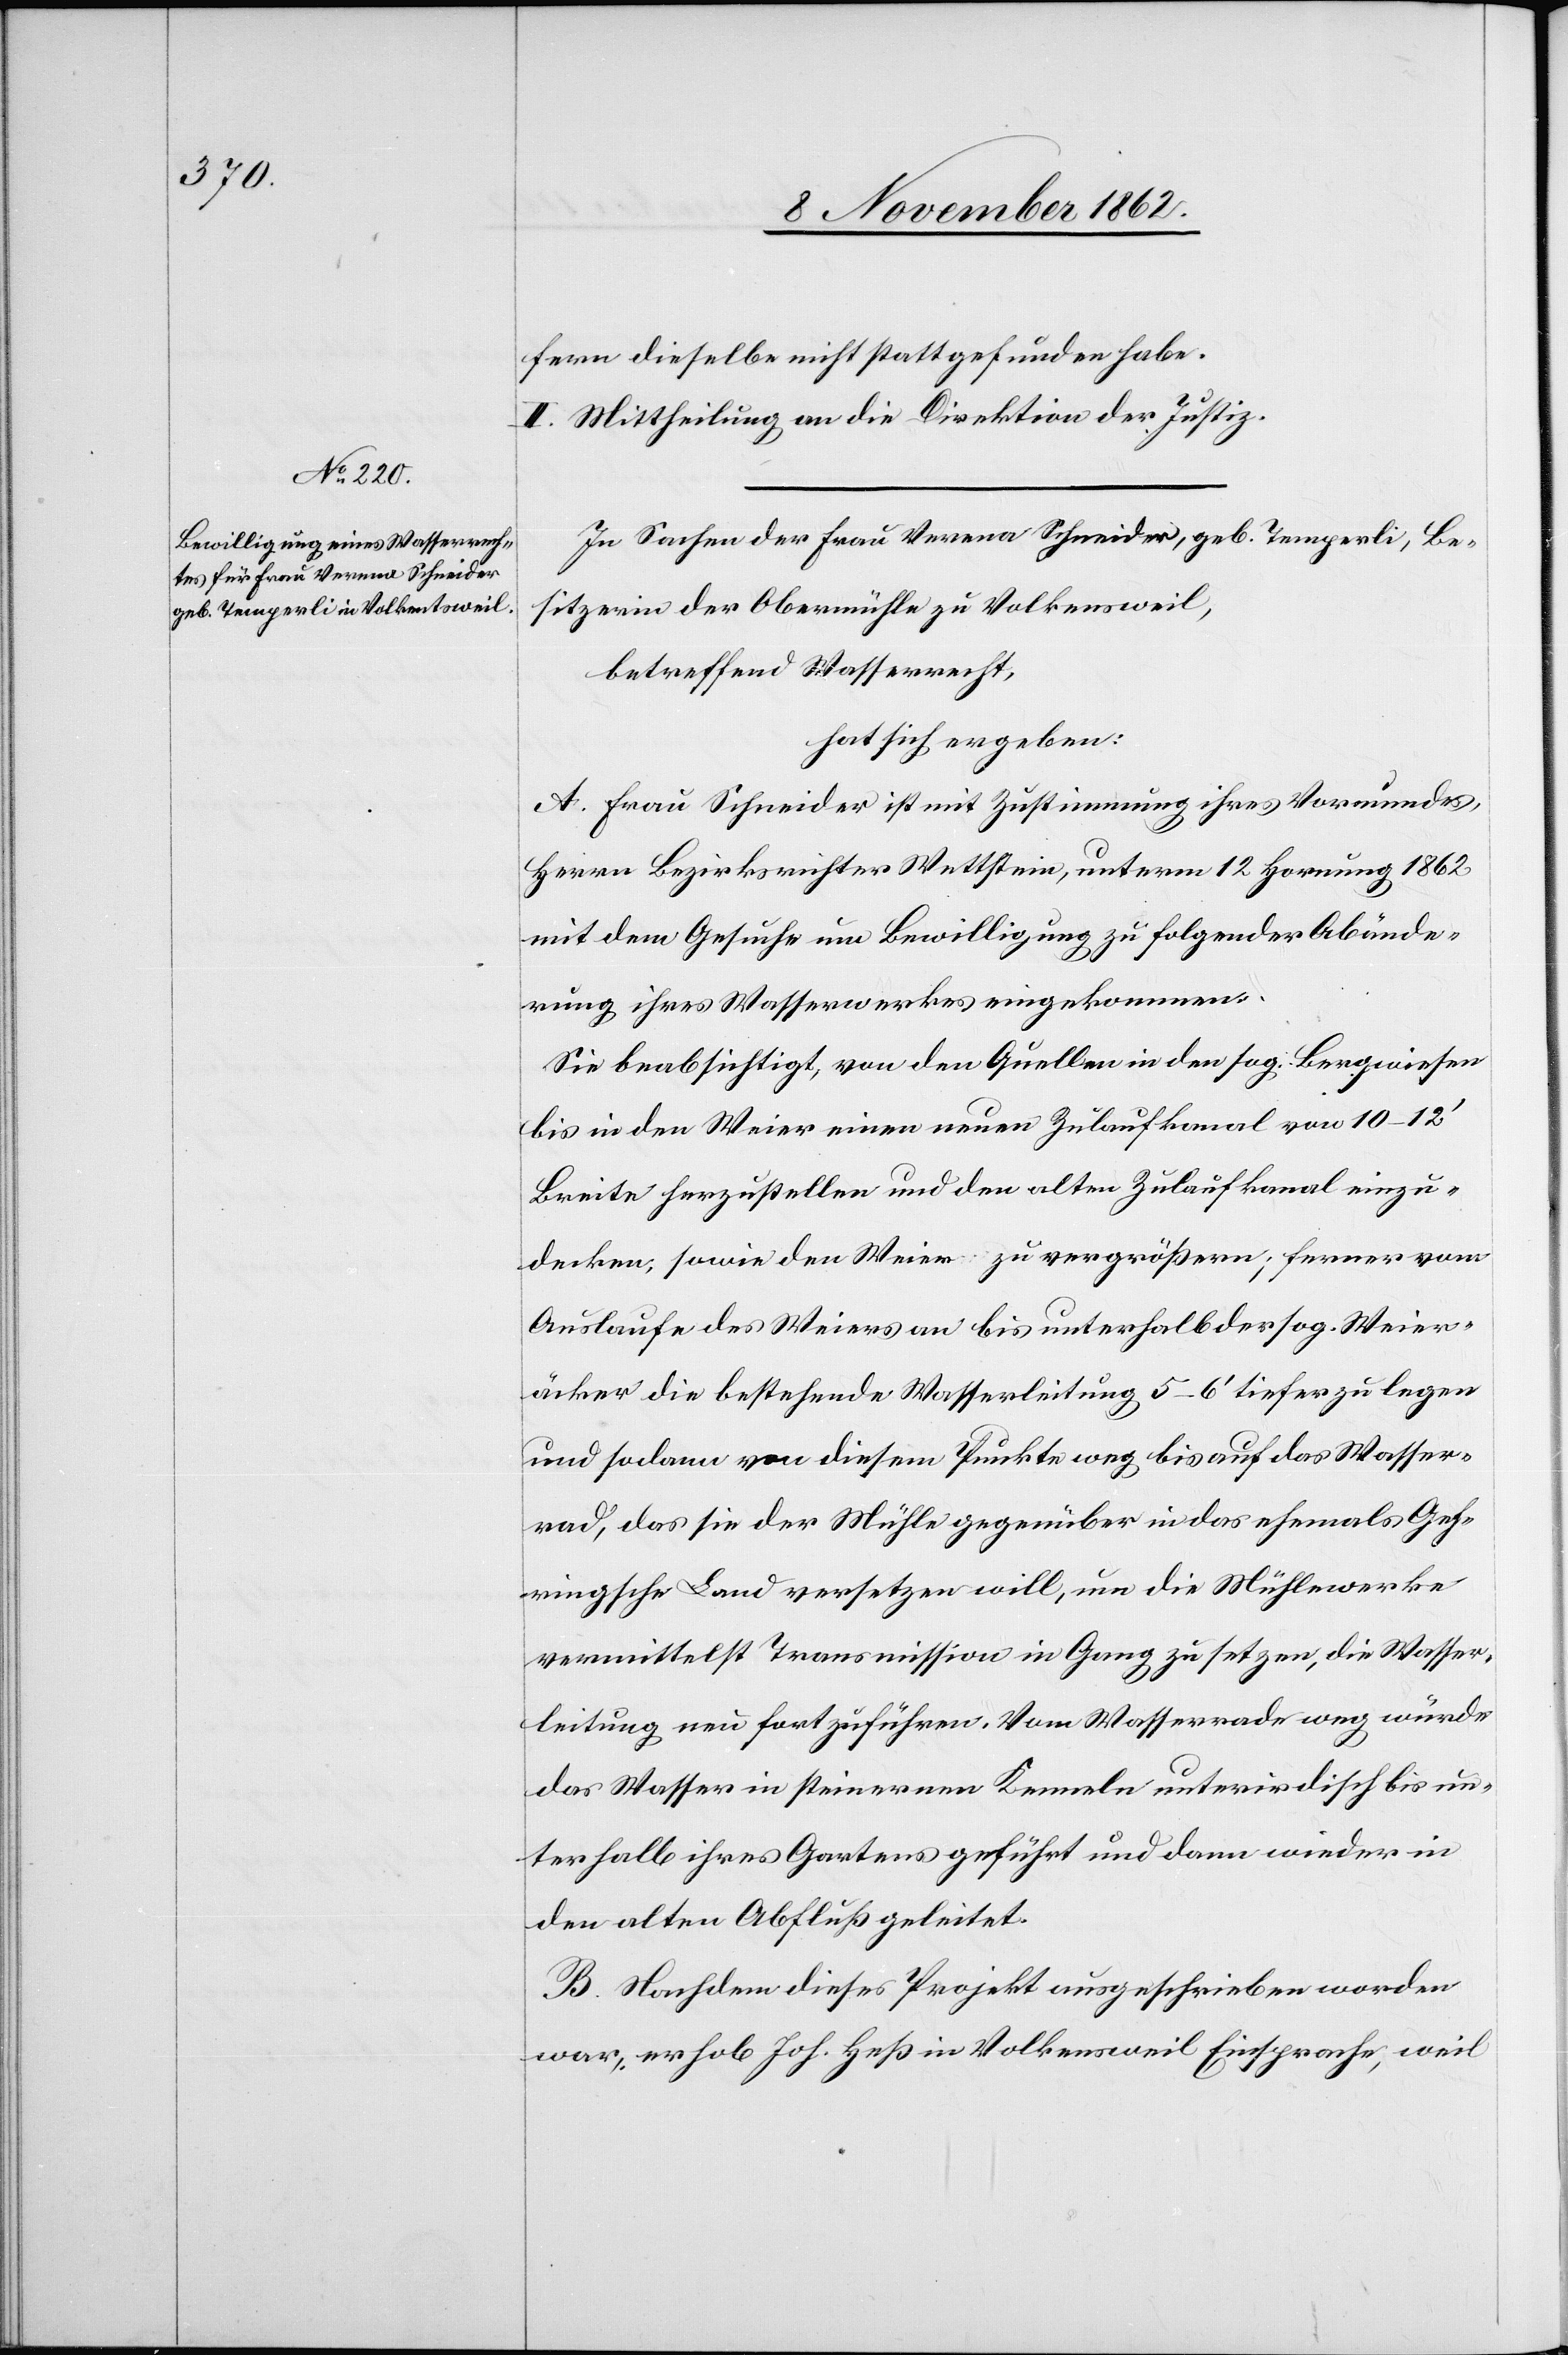
fern dieselbe nicht statt gefunden habe.
II. Mittheilung an die Direktion der Justiz.
In Sachen der Frau Verena Schneider, geb. Temperli, Be¬
sitzerin der Obermühle zu Volkensweil,
betreffend Wasserrecht,
hat sich ergeben:
A. Frau Schneider ist mit Zustimmung ihres Vormundes,
Herrn Bezirksrichter Wettstein, unterm 12. Hornung 1862
mit dem Gesuche um Bewilligung zu folgender Abände¬
rung ihres Wasserwerkes eingekommen.
Sei beabsichtigt, von den Quellen in den sog. Bergwiesen
bis in den Weier einen neuen Zulaufkanal von 10–12’
Breite herzustellen und den alten Zulaufkanal einzu¬
decken, sowie den Weier zu vergrößern; ferner vom
Auslaufe des Weiers an bis unterhalb der sog. Weier¬
äcker die bestehende Wasserleitung 5–6’ tiefer zu legen
und sodann von diesem Punkte weg bis auf das Wasser¬
rad, das sie der Mühle gegenüber in das ehemals Geh¬
ringsche Land versetzen will, um die Mühlewerke
vermittelst Tansmission in Gang zu setzen, die Wasser¬
leitung neu fortzuführen. Vom Wasserrade weg würde
das Wasser in steinernen Kenneln unterirdisch bis un¬
terhalb ihres Gartens geführt und dann wieder in
den alten Abfluß geleitet.
B. Nachdem dieses Projekt ausgeschrieben worden
war, erhob Joh. Heß in Volkensweil Einsprache, weil